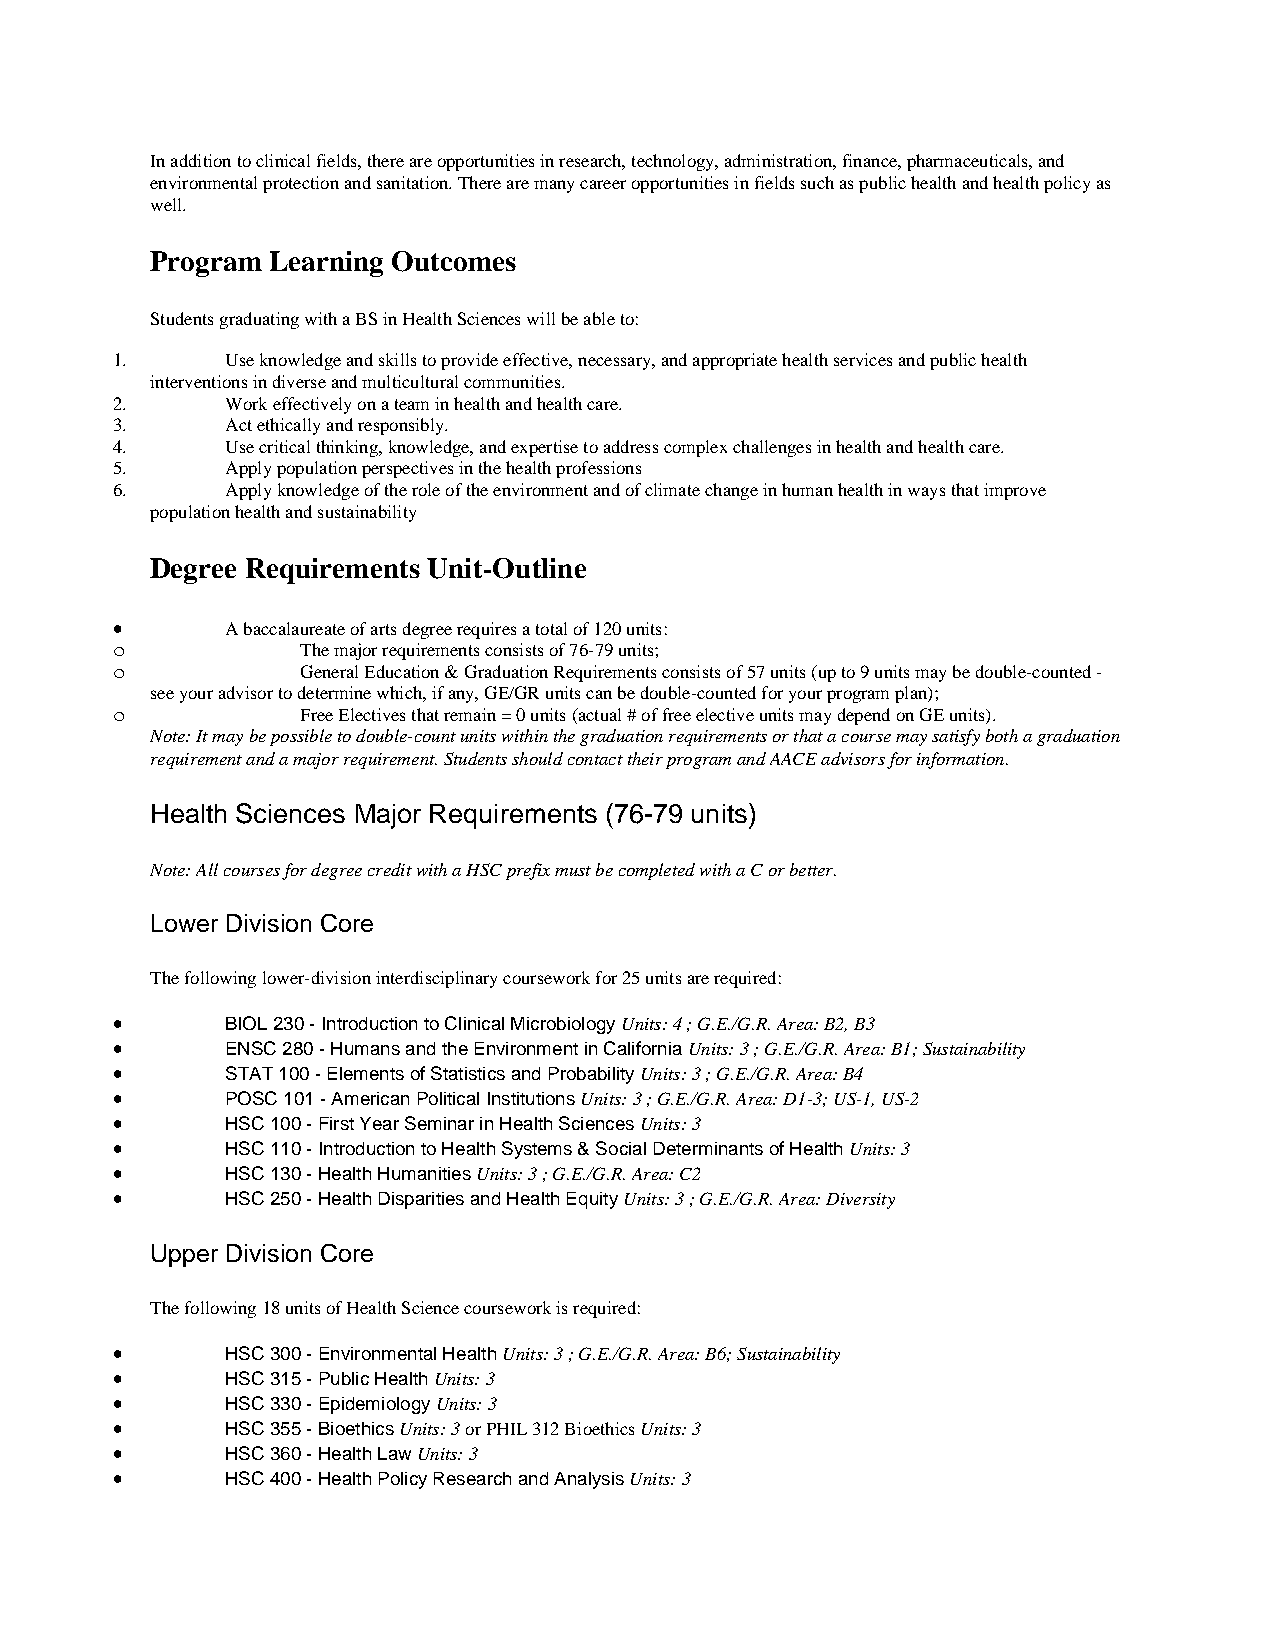
In addition to clinical fields, there are opportunities in research, technology, administration, finance, pharmaceuticals, and
 environmental protection and sanitation. There are many career opportunities in fields such as public health and health policy as
 well.
 Program Learning Outcomes
 Students graduating with a BS in Health Sciences will be able to:
 1.      Use knowledge and skills to provide effective, necessary, and appropriate health services and public health
 interventions in diverse and multicultural communities.
 2.      Work effectively on a team in health and health care.
 3.      Act ethically and responsibly.
 4.      Use critical thinking, knowledge, and expertise to address complex challenges in health and health care.
 5.      Apply population perspectives in the health professions
 6.      Apply knowledge of the role of the environment and of climate change in human health in ways that improve
 population health and sustainability
 Degree Requirements Unit-Outline
 •       A baccalaureate of arts degree requires a total of 120 units:
 o            The major requirements consists of 76-79 units;
 o            General Education & Graduation Requirements consists of 57 units (up to 9 units may be double-counted -
 see your advisor to determine which, if any, GE/GR units can be double-counted for your program plan);
 o            Free Electives that remain = 0 units (actual # of free elective units may depend on GE units).
 Note: It may be possible to double-count units within the graduation requirements or that a course may satisfy both a graduation
 requirement and a major requirement. Students should contact their program and AACE advisors for information.
 Health Sciences Major Requirements (76-79 units)
 Note: All courses for degree credit with a HSC prefix must be completed with a C or better.
 Lower Division Core
 The following lower-division interdisciplinary coursework for 25 units are required:
 •       BIOL 230 - Introduction to Clinical Microbiology Units: 4 ; G.E./G.R. Area: B2, B3
 •       ENSC 280 - Humans and the Environment in California Units: 3 ; G.E./G.R. Area: B1; Sustainability
 •       STAT 100 - Elements of Statistics and Probability Units: 3 ; G.E./G.R. Area: B4
 •       POSC 101 - American Political Institutions Units: 3 ; G.E./G.R. Area: D1-3; US-1, US-2
 •       HSC 100 - First Year Seminar in Health Sciences Units: 3
 •       HSC 110 - Introduction to Health Systems & Social Determinants of Health Units: 3
 •       HSC 130 - Health Humanities Units: 3 ; G.E./G.R. Area: C2
 •       HSC 250 - Health Disparities and Health Equity Units: 3 ; G.E./G.R. Area: Diversity
 Upper Division Core
 The following 18 units of Health Science coursework is required:
 •       HSC 300 - Environmental Health Units: 3 ; G.E./G.R. Area: B6; Sustainability
 •       HSC 315 - Public Health Units: 3
 •       HSC 330 - Epidemiology Units: 3
 •       HSC 355 - Bioethics Units: 3 or PHIL 312 Bioethics Units: 3
 •       HSC 360 - Health Law Units: 3
 •       HSC 400 - Health Policy Research and Analysis Units: 3